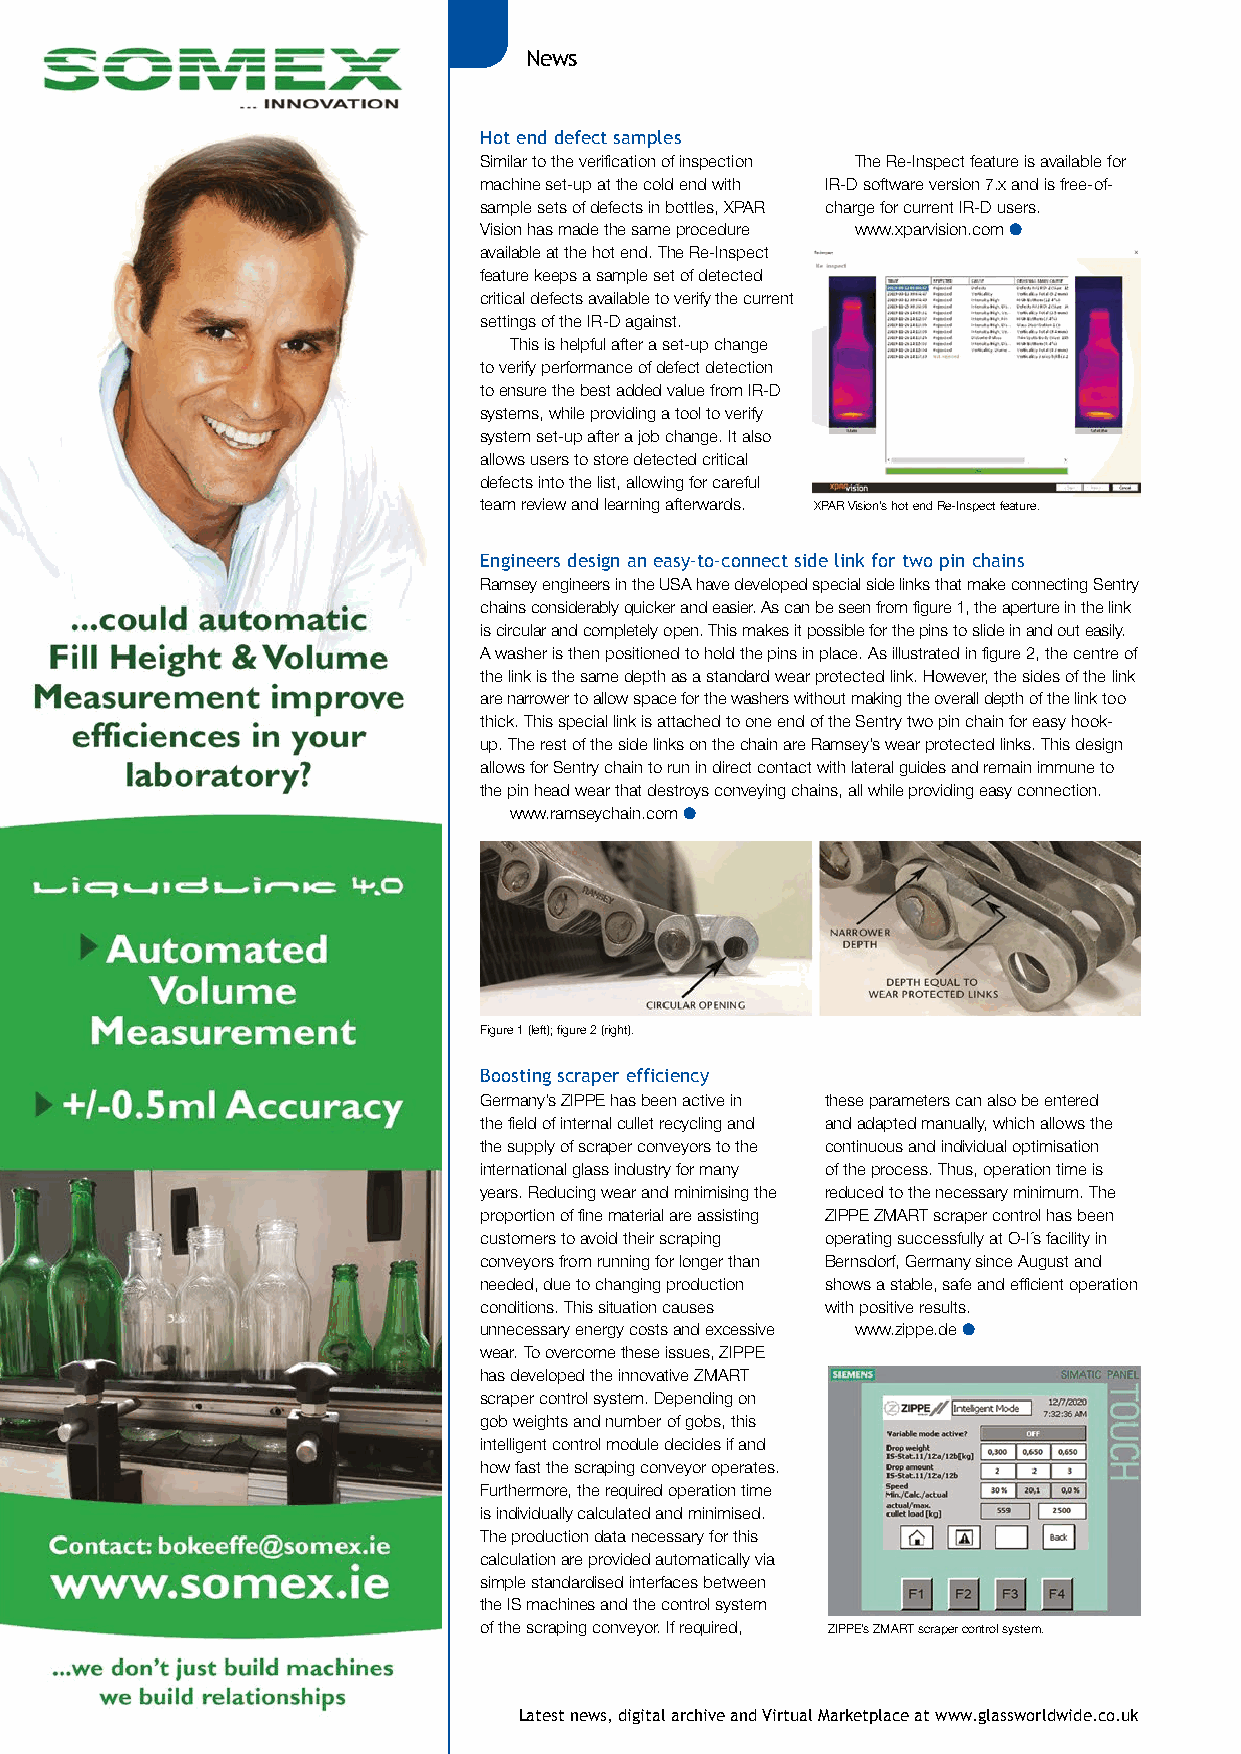
4939.SOmexAd20.qxp_Layout 1 05/06/2020 10:25 Page 1
 News
 Hot end defect samples
 Similar to the verification of inspection The Re-Inspect feature is available for
 machine set-up at the cold end with IR-D software version 7.x and is free-of-
 sample sets of defects in bottles, XPAR charge for current IR-D users.
 Vision has made the same procedure www.xparvision.com l
 available at the hot end. The Re-Inspect
 feature keeps a sample set of detected
 critical defects available to verify the current
 settings of the IR-D against.
 This is helpful after a set-up change
 to verify performance of defect detection
 to ensure the best added value from IR-D
 systems, while providing a tool to verify
 system set-up after a job change. It also
 allows users to store detected critical
 defects into the list, allowing for careful
 team review and learning afterwards. XPAR Vision’s hot end Re-Inspect feature.
 Engineers design an easy-to-connect side link for two pin chains
 Ramsey engineers in the USA have developed special side links that make connecting Sentry
 chains considerably quicker and easier. As can be seen from figure 1, the aperture in the link
 is circular and completely open. This makes it possible for the pins to slide in and out easily.
 A washer is then positioned to hold the pins in place. As illustrated in figure 2, the centre of
 the link is the same depth as a standard wear protected link. However, the sides of the link
 are narrower to allow space for the washers without making the overall depth of the link too
 thick. This special link is attached to one end of the Sentry two pin chain for easy hook-
 up. The rest of the side links on the chain are Ramsey’s wear protected links. This design
 allows for Sentry chain to run in direct contact with lateral guides and remain immune to
 the pin head wear that destroys conveying chains, all while providing easy connection.
 www.ramseychain.com l
 Figure 1 (left); figure 2 (right).
 Boosting scraper efficiency
 Germany’s ZIPPE has been active in these parameters can also be entered
 the field of internal cullet recycling and and adapted manually, which allows the
 the supply of scraper conveyors to the continuous and individual optimisation
 international glass industry for many of the process. Thus, operation time is
 years. Reducing wear and minimising the reduced to the necessary minimum. The
 proportion of fine material are assisting ZIPPE ZMART scraper control has been
 customers to avoid their scraping operating successfully at O-I´s facility in
 conveyors from running for longer than Bernsdorf, Germany since August and
 needed, due to changing production shows a stable, safe and efficient operation
 conditions. This situation causes with positive results.
 unnecessary energy costs and excessive www.zippe.de l
 wear. To overcome these issues, ZIPPE
 has developed the innovative ZMART
 scraper control system. Depending on
 gob weights and number of gobs, this
 intelligent control module decides if and
 how fast the scraping conveyor operates.
 Furthermore, the required operation time
 is individually calculated and minimised.
 The production data necessary for this
 calculation are provided automatically via
 simple standardised interfaces between
 the IS machines and the control system
 of the scraping conveyor. If required, ZIPPE’s ZMART scraper control system.
 Latest news, digital archive and Virtual Marketplace at www.glassworldwide.co.uk